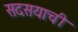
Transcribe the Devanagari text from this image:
सदसयाची